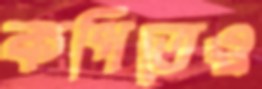
কপিতেও